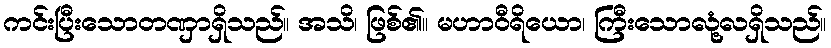
ကင်းပြီးသောတဏှာရှိသည်။ အသိ၊ ဖြစ်၏။ မဟာဝီရိယော၊ ကြီးသောလုံ့လရှိသည်။